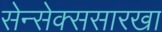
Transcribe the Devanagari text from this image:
सेन्सेक्ससारखा